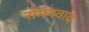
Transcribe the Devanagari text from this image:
रोमनवाद